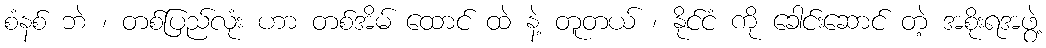
စံနစ် ဘဲ ၊ တစ်ပြည်လုံး ဟာ တစ်အိမ် ထောင် ထဲ နဲ့ တူတယ် ၊ နိုင်ငံ ကို ခေါင်းဆောင် တဲ့ အစိုးရအဖွဲ့